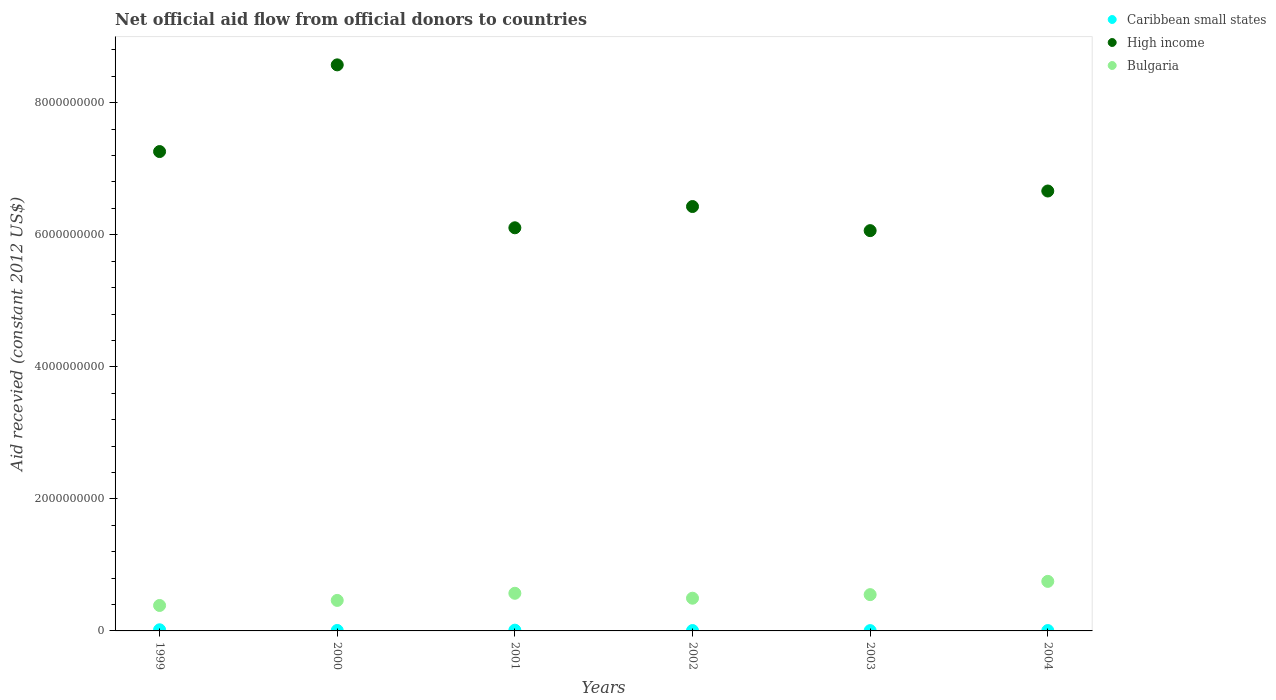
| Years | Caribbean small states | High income | Bulgaria |
 | --- | --- | --- | --- |
 | 1999 | 1.72e+07 | 7.26e+09 | 3.85e+08 |
 | 2000 | 7.08e+06 | 8.57e+09 | 4.62e+08 |
 | 2001 | 1.14e+07 | 6.11e+09 | 5.7e+08 |
 | 2002 | 5.78e+06 | 6.43e+09 | 4.96e+08 |
 | 2003 | 4.76e+06 | 6.06e+09 | 5.5e+08 |
 | 2004 | 5.66e+06 | 6.66e+09 | 7.5e+08 |